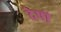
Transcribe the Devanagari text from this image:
देषों